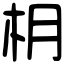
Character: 枂